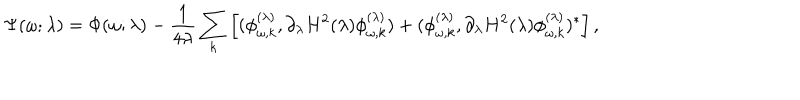
\Psi ( \omega ; \lambda ) = \Phi ( \omega ; \lambda ) - { \frac { 1 } { 4 \lambda } } \sum _ { k } \left[ ( \phi _ { \omega , k } ^ { ( \lambda ) } , \partial _ { \lambda } H ^ { 2 } ( \lambda ) \phi _ { \omega , k } ^ { ( \lambda ) } ) + ( \phi _ { \omega , k } ^ { ( \lambda ) } , \partial _ { \lambda } H ^ { 2 } ( \lambda ) \phi _ { \omega , k } ^ { ( \lambda ) } ) ^ { * } \right] ,